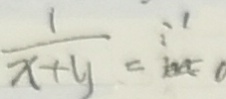
\frac { 1 } { x + y } =